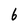
Character: 6